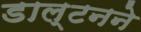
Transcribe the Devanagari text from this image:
डाल्टनने